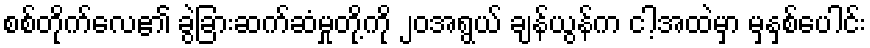
စစ်တိုက်လေ၏ ခွဲခြားဆက်ဆံမှုတို့ကို ၂၀အရွယ် ချန်ယွန်က ငါ့အထဲမှာ မှနှစ်ပေါင်း